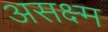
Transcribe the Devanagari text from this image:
असक्ष्म